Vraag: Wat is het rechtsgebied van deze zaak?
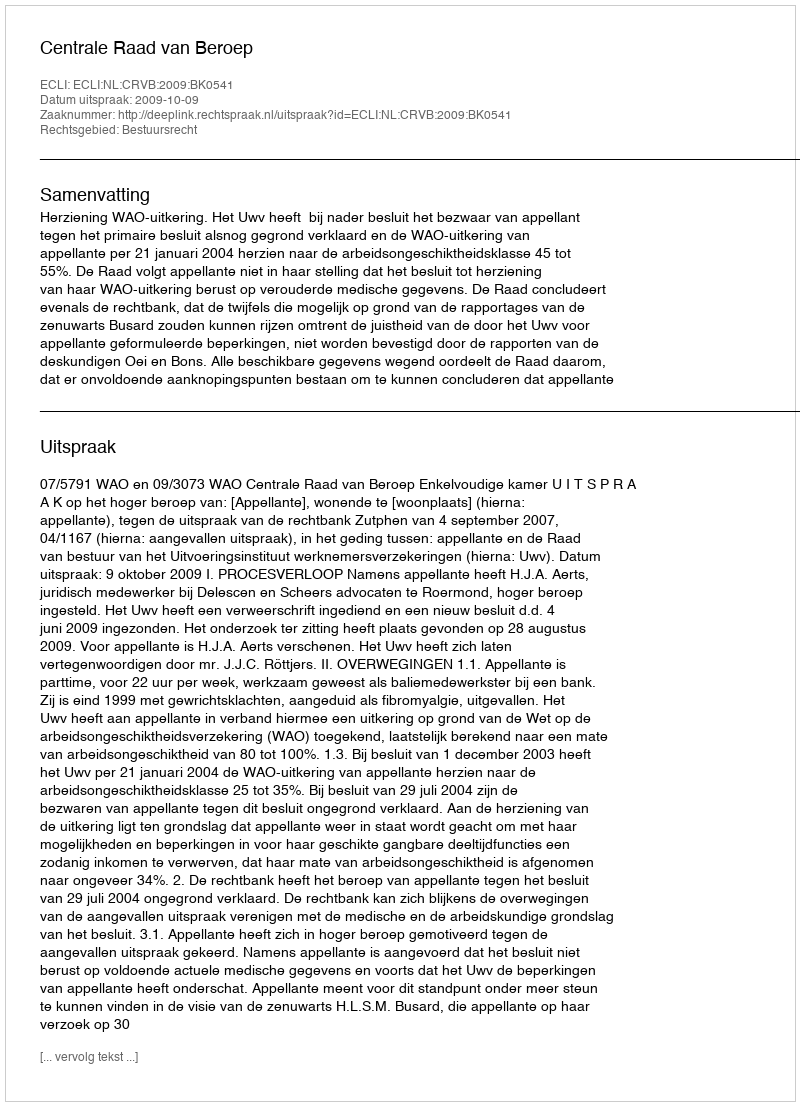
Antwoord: Bestuursrecht